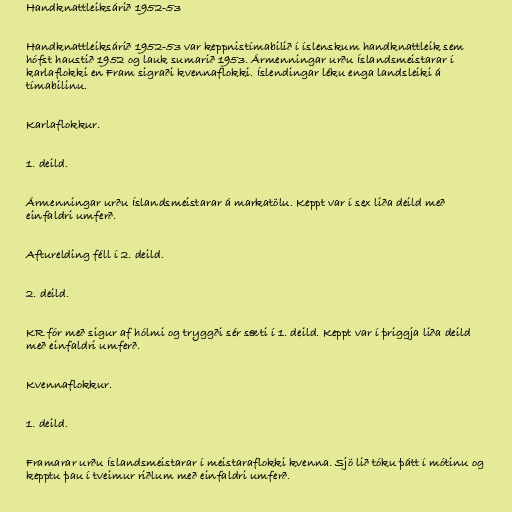
Handknattleiksárið 1952-53

Handknattleiksárið 1952-53 var keppnistímabilið í íslenskum handknattleik sem
hófst haustið 1952 og lauk sumarið 1953. Ármenningar urðu Íslandsmeistarar í
karlaflokki en Fram sigraði kvennaflokki. Íslendingar léku enga landsleiki á
tímabilinu.

Karlaflokkur.

1. deild.

Ármenningar urðu Íslandsmeistarar á markatölu. Keppt var í sex liða deild með
einfaldri umferð.

Afturelding féll í 2. deild.

2. deild.

KR fór með sigur af hólmi og tryggði sér sæti í 1. deild. Keppt var í þriggja liða deild
með einfaldri umferð.

Kvennaflokkur.

1. deild.

Framarar urðu Íslandsmeistarar í meistaraflokki kvenna. Sjö lið tóku þátt í mótinu og
kepptu þau í tveimur riðlum með einfaldri umferð.